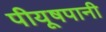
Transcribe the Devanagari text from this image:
पीयूषपानी